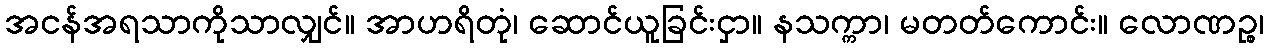
အငန်အရသာကိုသာလျှင်။ အာဟရိတုံ၊ ဆောင်ယူခြင်းငှာ။ နသက္ကာ၊ မတတ်ကောင်း။ လောဏဉ္စ၊